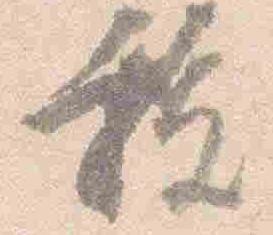
祓